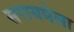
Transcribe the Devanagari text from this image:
सरायधेला